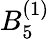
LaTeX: {B}_{5}^{(1)}